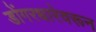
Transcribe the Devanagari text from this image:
डोंगरधारेवरून